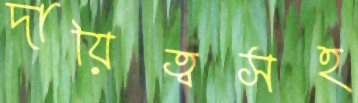
দায়িত্বসহ